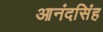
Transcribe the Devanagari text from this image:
आनंदसिंह